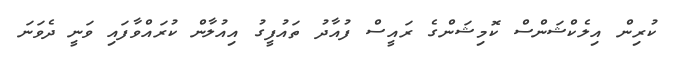
ކުރިން އިލެކްޝަންސް ކޮމިޝަންގެ ރައީސް ފުއާދު ތައުފީގު އިއުލާން ކުރައްވާފައި ވަނީ ދެވަނަ